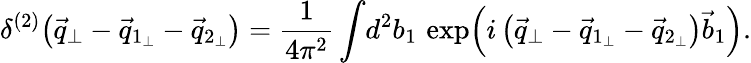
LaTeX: \delta^{(2)}\! \left(\vec{q}_{\perp}-\vec{q}_{1_{\perp}}-\vec{q}_{2_{\perp}}\right)=\frac{1}{4\pi^{2}}\int\! d^{2}b_{1}\, \exp\! \left(i\left(\vec{q}_{\perp}-\vec{q}_{1_{\perp}}-\vec{q}_{2_{\perp}}\right)\vec{b}_{1}\right).